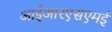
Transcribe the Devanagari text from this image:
आईआरएसएमई